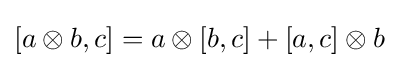
[a\otimes b,c]=a\otimes [b,c]+[a,c]\otimes b